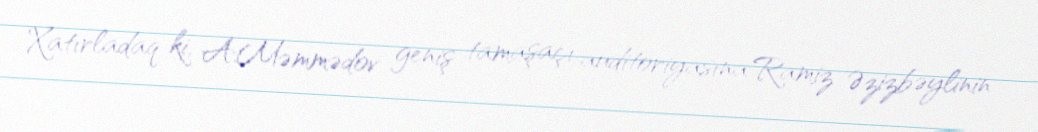
Xatırladaq ki, A.Məmmədov geniş tamaşaçı auditoriyasına Ramiz Əzizbəylinin